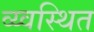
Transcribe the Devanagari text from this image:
व्य्वस्थित